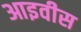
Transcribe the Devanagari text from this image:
आइवीस